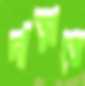
দাঁড়াতে